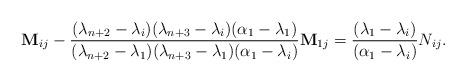
LaTeX: \begin{align*}\mathbf M_{ij}-\frac{(\lambda_{n+2}-\lambda_i)(\lambda_{n+3}-\lambda_i)(\alpha_1-\lambda_1)}{(\lambda_{n+2}-\lambda_1)(\lambda_{n+3}-\lambda_1)(\alpha_1-\lambda_i)}\mathbf M_{1j}=\frac{(\lambda_1-\lambda_i)}{(\alpha_1-\lambda_i)}N_{ij}. \end{align*}